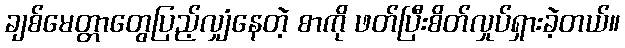
ချစ်မေတ္တာတွေပြည့်လျှံနေတဲ့ စာကို ဖတ်ပြီးစိတ်လှုပ်ရှားခဲ့တယ်။